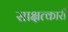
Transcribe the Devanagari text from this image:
साक्षत्कारी